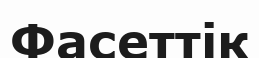
Фасеттік